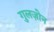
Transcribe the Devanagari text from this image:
गुलज़ोन